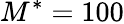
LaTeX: M^{*}=100